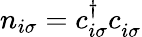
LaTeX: n_{i\sigma}=c_{i\sigma}^{\dagger}c_{i\sigma}^{\vphantom\dagger}